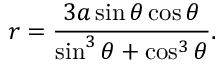
r = { \frac { 3 a \sin \theta \cos \theta } { \sin ^ { 3 } \theta + \cos ^ { 3 } \theta } } .